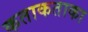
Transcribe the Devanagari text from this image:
कताकताका